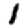
Digit: 1